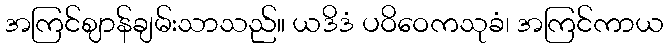
အကြင်ဈာန်ချမ်းသာသည်။ ယဒိဒံ ပဝိဝေကသုခံ၊ အကြင်ကာယ